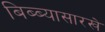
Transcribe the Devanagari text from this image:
बिब्ब्यासारखे